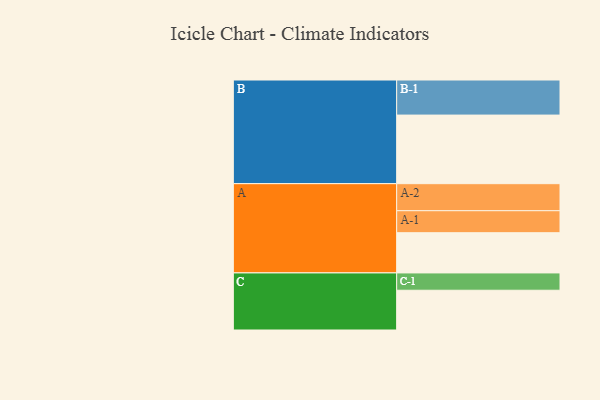
{"axis": {"x": "Segment", "y": "Value"}, "legend": ["", "A", "B", "C"], "data": [{"x": "A", "y": 335, "type": ""}, {"x": "B", "y": 571, "type": ""}, {"x": "C", "y": 331, "type": ""}, {"x": "A-1", "y": 183, "type": "A"}, {"x": "A-2", "y": 225, "type": "A"}, {"x": "B-1", "y": 292, "type": "B"}, {"x": "C-1", "y": 144, "type": "C"}]}